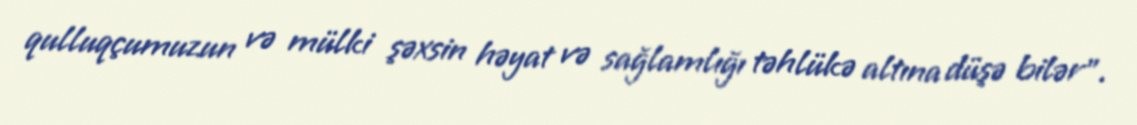
qulluqçumuzun və mülki şəxsin həyat və sağlamlığı təhlükə altına düşə bilər”.